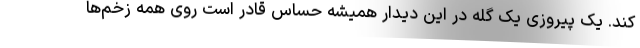
کند. یک پیروزی یک گله در این دیدار همیشه حساس قادر است روی همه زخم‌ها